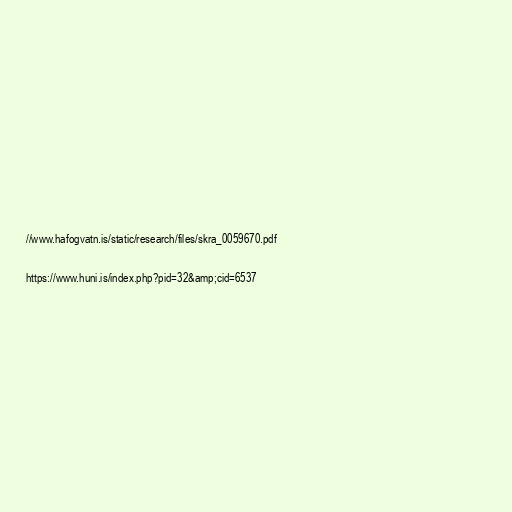
//www.hafogvatn.is/static/research/files/skra_0059670.pdf

https://www.huni.is/index.php?pid=32&amp;cid=6537